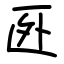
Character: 㔰